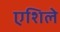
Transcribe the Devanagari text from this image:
एशिले